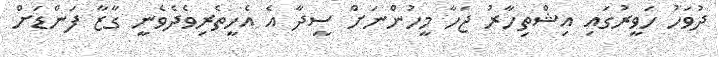
ދުވަހު ހަވީރުގައި އިޝްތިހާރު ޖަހާ މީހުންނަށް ސީދާ އެ އެހީތެރިވެދެވެނީ ގާޒާ ފަންޑަށް